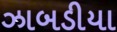
ઝાબડીયા